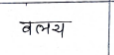
मजकूर: वलय